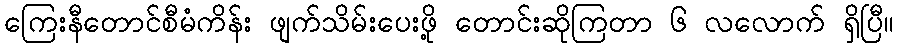
ကြေးနီတောင်စီမံကိန်း ဖျက်သိမ်းပေးဖို့ တောင်းဆိုကြတာ ၆ လလောက် ရှိပြီ။